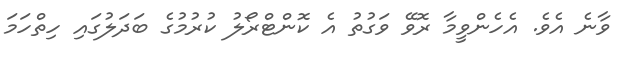
ވާނެ އެވެ. އެހެންވީމާ ރޮވޭ ވަގުތު އެ ކޮންޓްރޯލު ކުރުމުގެ ބަދަލުގައި ހިތްހަމަ